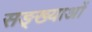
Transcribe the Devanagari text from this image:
सङ्ख्याअाें